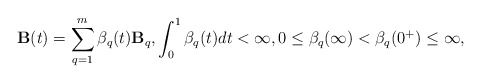
\begin{align*} \mathbf{B}(t) = \sum\limits_{q=1}^{m} \beta_q(t) \mathbf{B}_q, \int_0^1 \beta_q(t) dt < \infty, 0\leq \beta_q(\infty) < \beta_q(0^+) \leq \infty, \end{align*}